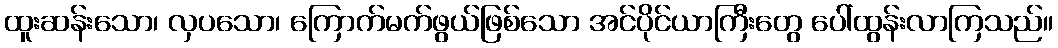
ထူးဆန်းသော၊ လှပသော၊ ကြောက်မက်ဖွယ်ဖြစ်သော အင်ပိုင်ယာကြီးတွေ ပေါ်ထွန်းလာကြသည်။